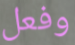
وفعل